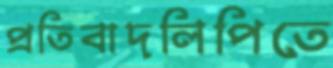
প্রতিবাদলিপিতে